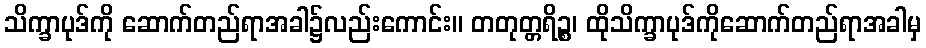
သိက္ခာပုဒ်ကို ဆောက်တည်ရာအခါ၌လည်းကောင်း။ တတုတ္တရိဉ္စ၊ ထိုသိက္ခာပုဒ်ကိုဆောက်တည်ရာအခါမှ